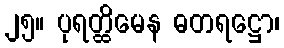
၂၅။ ပုရတ္ထိမေန ဓတရဋ္ဌော၊